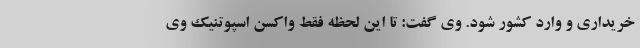
خریداری و وارد کشور شود. وی گفت: تا این لحظه فقط واکسن اسپوتنیک وی